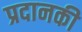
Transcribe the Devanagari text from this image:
प्रदानकी